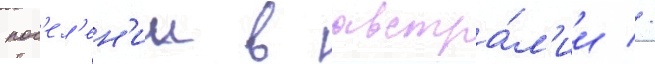
пос'ел'ен'ии в австра́л'ии //